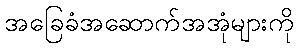
အခြေခံအဆောက်အအုံများကို